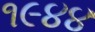
૧૯૪૪